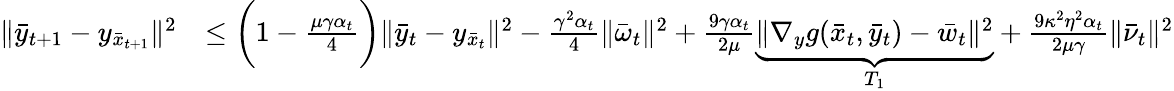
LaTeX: \begin{array}{rl}{\| \bar{y}_{t+1}-y_{\bar{x}_{t+1}}\| ^{2}}&{\leq\bigg(1-\frac{\mu\gamma\alpha_{t}}{4}\bigg)\| \bar{y}_{t}-y_{\bar{x}_{t}}\| ^{2}-\frac{\gamma^{2}\alpha_{t}}{4}\| \bar{\omega}_{t}\| ^{2}+\frac{9\gamma\alpha_{t}}{2\mu}\underbrace{\| \nabla_{y}g(\bar{x}_{t},\bar{y}_{t})-\bar{w}_{t}\| ^{2}}_{T_{1}}+\frac{9\kappa^{2}\eta^{2}\alpha_{t}}{2\mu\gamma}\| \bar{\nu}_{t}\| ^{2}}\end{array}